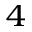
_ 4